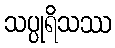
သပ္ပုရိသဿ